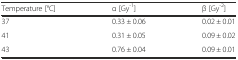
<table><thead><tr><td><b>Temperature [°C]</b></td><td><b>α [Gy<sup>-1</sup>]</b></td><td><b>β [Gy<sup>-2</sup>]</b></td></tr></thead><tbody><tr><td>37</td><td>0.33 ± 0.06</td><td>0.02 ± 0.01</td></tr><tr><td>41</td><td>0.31 ± 0.05</td><td>0.09 ± 0.02</td></tr><tr><td>43</td><td>0.76 ± 0.04</td><td>0.09 ± 0.01</td></tr></tbody></table>